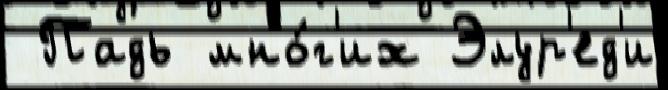
 Падь мно́г'их Элур'ед'и